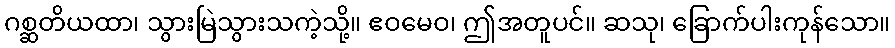
ဂစ္ဆတိယထာ၊ သွားမြဲသွားသကဲ့သို့။ ဧဝမေဝ၊ ဤအတူပင်။ ဆသု၊ ခြောက်ပါးကုန်သော။